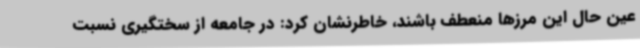
عین حال این مرزها منعطف باشند، خاطرنشان کرد: در جامعه از سختگیری نسبت